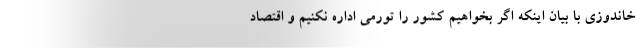
خاندوزی با بیان اینکه اگر بخواهیم کشور را تورمی اداره نکنیم و اقتصاد